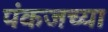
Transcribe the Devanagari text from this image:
पंकजच्या